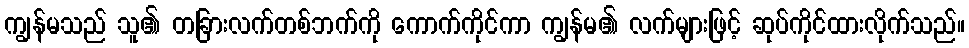
ကျွန်မသည် သူ၏ တခြားလက်တစ်ဘက်ကို ကောက်ကိုင်ကာ ကျွန်မ၏ လက်များဖြင့် ဆုပ်ကိုင်ထားလိုက်သည်။